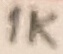
Text: 1K